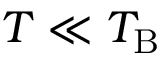
T \ll T _ { \mathrm { B } }